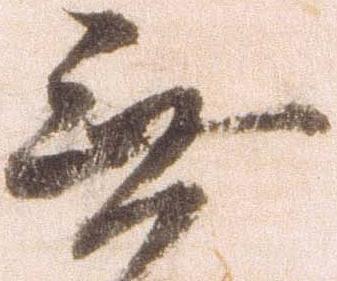
無